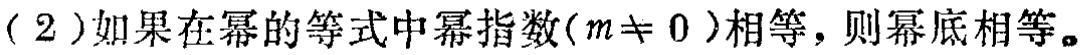
（2）如果在幂的等式中幂指数（\(m\neq 0\)）相等，则幂底相等。